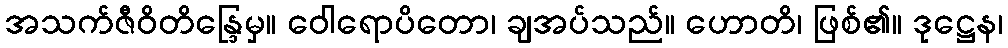
အသက်ဇီဝိတိန္ဒြေမှ။ ဝေါရောပိတော၊ ချအပ်သည်။ ဟောတိ၊ ဖြစ်၏။ ဒုဋ္ဌေန၊